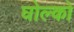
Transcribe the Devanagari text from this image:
घोल्को